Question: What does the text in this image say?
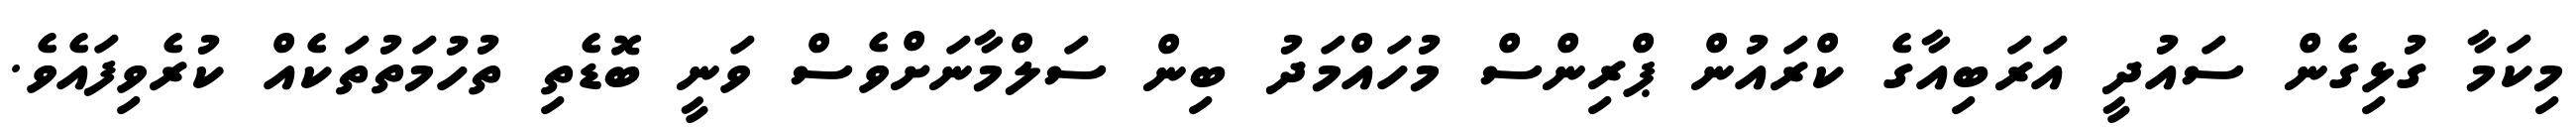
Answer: މިކަމާ ގުޅިގެން ސައުދީ އަރަބިއާގެ ކްރައުން ޕްރިންސް މުހައްމަދު ބިން ސަލްމާނަށްވެސް ވަނީ ބޮޑެތި ތުހުމަތުތަކެއް ކުރެވިފައެވެ.